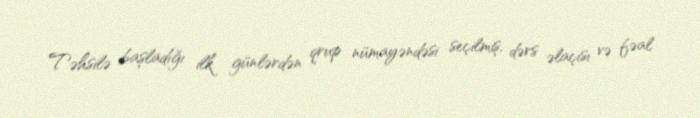
Təhsilə başladığı ilk günlərdən qrup nümayəndəsi seçilmiş, dərs əlaçısı və fəal